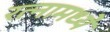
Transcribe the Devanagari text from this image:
रत्‍नामध्ये